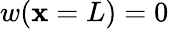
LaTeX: w(\mathbf{x}=L)=0